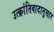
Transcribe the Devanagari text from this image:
उत्क्रांतिवादानुसार